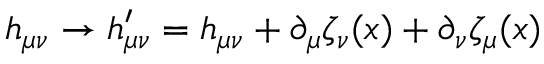
h _ { \mu \nu } \rightarrow h _ { \mu \nu } ^ { \prime } = h _ { \mu \nu } + \partial _ { \mu } \zeta _ { \nu } ( x ) + \partial _ { \nu } \zeta _ { \mu } ( x )